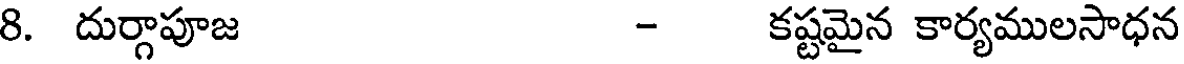
8. దుర్గాపూజ - కష్టమైన కార్యములసాధన